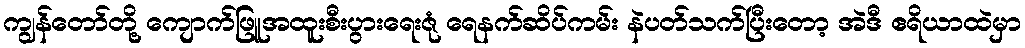
ကျွန်တော်တို့ ကျောက်ဖြူအထူးစီးပွားရေးဇုံ ရေနက်ဆိပ်ကမ်း နဲပတ်သက်ပြီးတော့ အဲဒီ ဧရိယာထဲမှာ